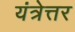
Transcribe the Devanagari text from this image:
यंत्रेत्तर